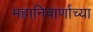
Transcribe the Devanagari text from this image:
महानिवार्णाच्या